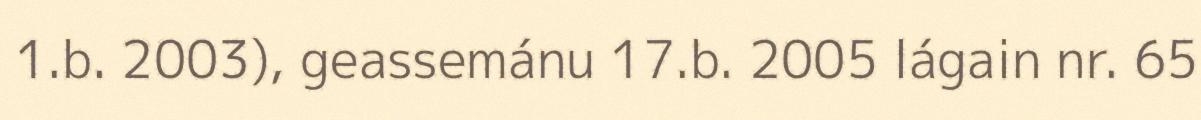
1.b. 2003), geassemánu 17.b. 2005 lágain nr. 65